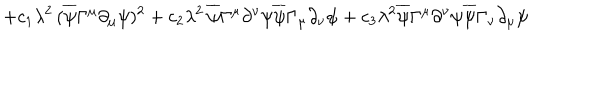
+ c _ { 1 } \lambda ^ { 2 } \, ( \overline { { { \psi } } } \Gamma ^ { \mu } \partial _ { \mu } \psi ) ^ { 2 } + c _ { 2 } \lambda ^ { 2 } \, \overline { { { \psi } } } \Gamma ^ { \mu } \partial ^ { \nu } \psi \overline { { { \psi } } } \Gamma _ { \mu } \partial _ { \nu } \psi + c _ { 3 } \lambda ^ { 2 } \overline { { { \psi } } } \Gamma ^ { \mu } \partial ^ { \nu } \psi \overline { { { \psi } } } \Gamma _ { \nu } \partial _ { \mu } \psi